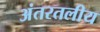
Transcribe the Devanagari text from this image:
अंतरतलीय